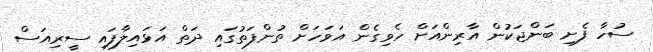
ސުހާ ފެށި ބަންޖަކުން އާރިންއަށް ހެވިގެން އަވަހަށް ތުންފަތުގައި ދަތް އަޅައިލާފައި ސީރިއަސް